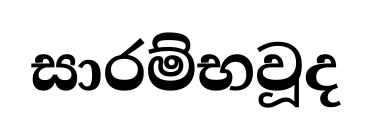
සාරම්භවූද